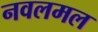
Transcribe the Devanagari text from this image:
नवलमल